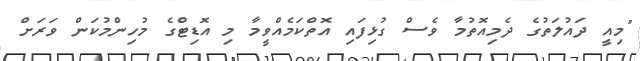
"މިއީ ދައުލަތުގެ ދެމިއޮތުމާ ވެސް ގުޅިފައި އޮތްކަމެއްވީމާ މި އޮޑިޓްގެ މުހިންމުކަން ވަރަށް